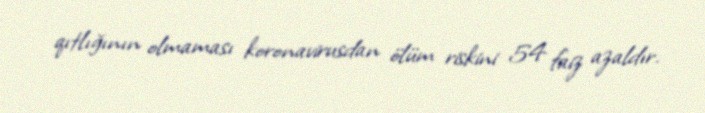
qıtlığının olmaması koronavirusdan ölüm riskini 54 faiz azaldır.